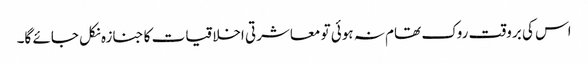
اس کی بروقت روک تھام نہ ہوئی تو معاشرتی اخلاقیات کا جنازہ نکل جائے گا۔